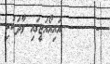
-       އައިއޯއަޖީގައި ވާދަކުރި